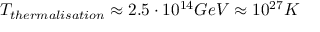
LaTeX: T _ { t h e r m a l i s a t i o n } \approx 2 . 5 \cdot 1 0 ^ { 1 4 } G e V \approx 1 0 ^ { 2 7 } K